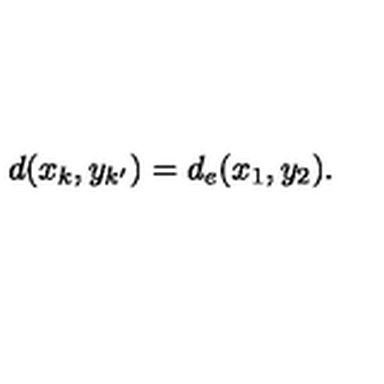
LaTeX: d ( x _ { k } , y _ { k ^ { \prime } } ) = d _ { e } ( x _ { 1 } , y _ { 2 } ) .